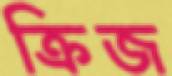
ক্রিজ